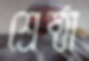
শ্রেষ্ঠা